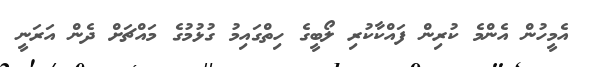
އެމީހުން އެންމެ ކުރިން ފައްކާކުރި ލޯބީގެ ހިތްގައިމު ގުޅުމުގެ މައްޗަށް ދެން އަރަނީ